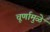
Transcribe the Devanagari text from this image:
चूर्णामुळे